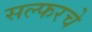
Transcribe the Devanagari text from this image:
सल्फरचे